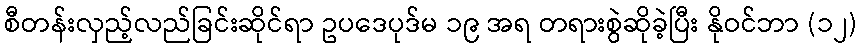
စီတန်းလှည့်လည်ခြင်းဆိုင်ရာ ဥပဒေပုဒ်မ ၁၉ အရ တရားစွဲဆိုခဲ့ပြီး နိုဝင်ဘာ (၁၂)